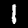
Label: 1